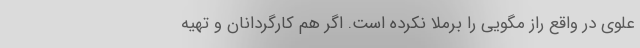
علوی در واقع راز مگویی را برملا نکرده است. اگر هم کارگردانان و تهیه